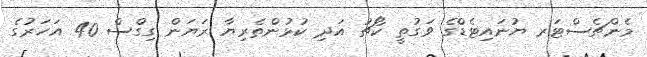
މެންޗެސްޓަރ ޔުނައިޓެޑްގެ ވަގުތީ ކޯޗު އަދި ކުޅުންތެރިޔާ ރަޔަން ގިގްސް 40 އަހަރުގެ